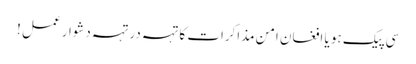
سی پیک ہو یا افغان امن مذاکرات کا تہہ در تہہ دشوار عمل !